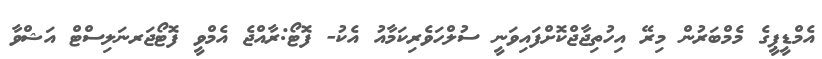
އެމްޑީޕީގެ މެމްބަރުން މިރޭ އިހުތިޖާޖްކޮށްފައިވަނީ ސުލްހަވެރިކަމާއު އެކު- ފޮޓޯ:ރާއްޖެ އެމްވީ ފޮޓޯޖަރނަލިސްޓް އަޝްވާ